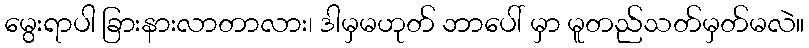
မွေးရာပါ ခြားနားလာတာလား၊ ဒါမှမဟုတ် ဘာပေါ် မှာ မူတည်သတ်မှတ်မလဲ။